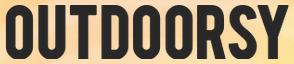
OUTDOORSY